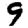
Digit: 9